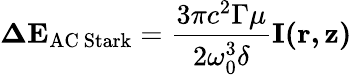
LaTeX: \mathbf{\Delta E}_{\mathrm{AC~Stark}}={\frac{3\pi c^{2}\Gamma\mu}{2\omega_{0}^{3}\delta}}\mathbf{I(r,z)}